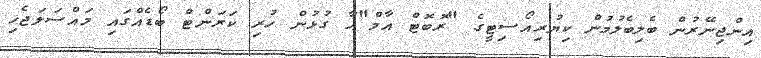
އިންޖިނޭރުން ބެލިބެލުމުން ކިޔުރިއޯސިޓީގެ "ރޮބޮޓް އާމް"އާ ގުޅުން ހުރި ކަރަންޓް ބޯޑެއްގައި މައްސަލަޖެހި